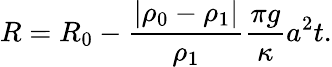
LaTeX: R=R_{0}-\frac{|\rho_{0}-\rho_{1}|}{\rho_{1}}\frac{\pi g}{\kappa}a^{2}t.